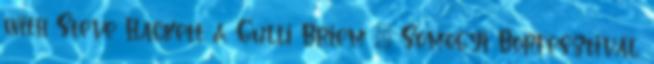
with Steve Hackett & Gulli Briem – Somogyi Borfesztivál,